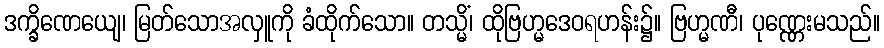
ဒက္ခိဏေယျေ၊ မြတ်သောအလှူကို ခံထိုက်သော။ တသ္မိံ၊ ထိုဗြဟ္မဒေဝရဟန်း၌။ ဗြဟ္မဏီ၊ ပုဏ္ဏေးမသည်။